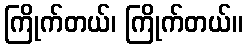
ကြိုက်တယ်၊ ကြိုက်တယ်။